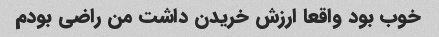
خوب بود واقعا ارزش خریدن داشت من راضی بودم